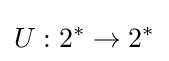
U:2^{*}\to 2^{*}